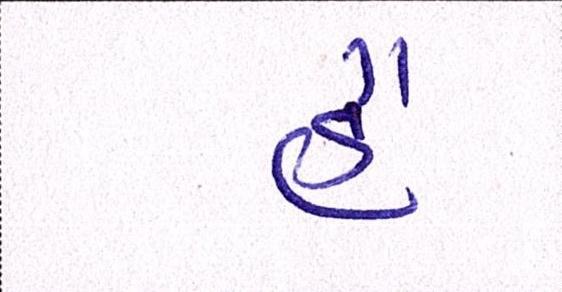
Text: હૈં